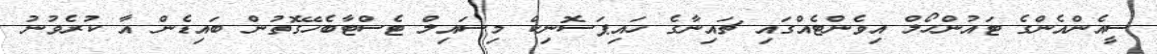
ސީއެންއެންގެ ޓައުންހޯލް އިވެންޓެއްގައި ޗައިނާގެ ހައިޕަސޮނިކް މިސައިލް ޓެސްޓާބެހޭގޮތުން ބައިޑެން އާ ކުރެވުނު